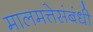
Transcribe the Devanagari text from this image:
मालमत्तेसंबंधी